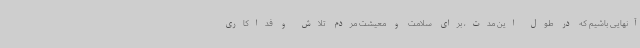
آنهایی باشیم که در طول این مدت، برای سلامت و معیشت مردم تلاش و فداکاری